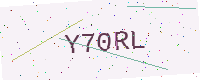
Text: Y70RL